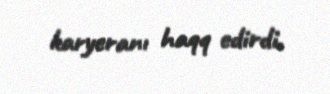
karyeranı haqq edirdi.